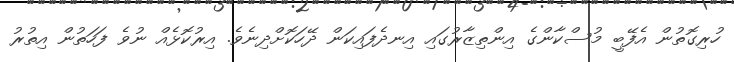
ހުރިގޮތުން އެފޭބީ މުސްކާންގެ އިންތިޒާރުގައި އިނދެފައިކަން ދޭހަކޮށްދިނެވެ. އިރުކޮޅެއް ނުވެ ފަހަތުން އިތުރު